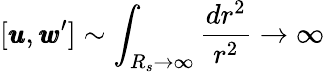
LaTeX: [{\pmb u},{\pmb w}^{\prime}]\sim\int_{R_{s}\rightarrow\infty}\frac{dr^{2}}{r^{2}}\rightarrow\infty